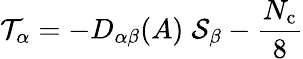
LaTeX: {\cal T}_{\alpha}=-D_{\alpha\beta}(A)\; {\cal S}_{\beta}-\frac{N_{\mathrm{c}}}8